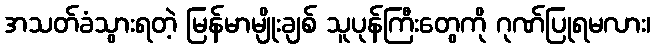
အသတ်ခံသွားရတဲ့ မြန်မာမျိုးချစ် သူပုန်ကြီးတွေကို ဂုဏ်ပြုရမလား၊